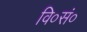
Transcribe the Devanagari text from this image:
वि०सं०